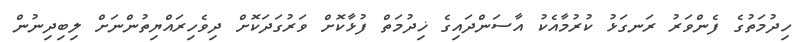
ހިދުމަތުގެ ފެންވަރު ރަނގަޅު ކުރުމާއެކު އާސަންދައިގެ ޚިދުމަތް ފުޅާކޮށް ވަރުގަދަކޮށް ދިވެހިރައްޔިތުންނަށް ލިބިދިނުން